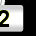
Digit: 2